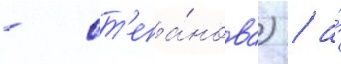
- ст'епа́нова) / а́